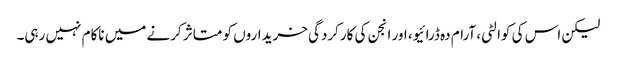
لیکن اس کی کوالٹی، آرام دہ ڈرائیو، اور انجن کی کارکردگی خریداروں کو متاثر کرنے میں ناکام نہیں رہی۔